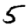
Digit: 5